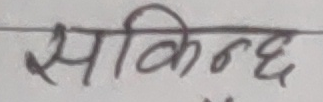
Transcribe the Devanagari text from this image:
सकिन्छ